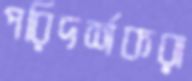
পরিদর্শকরা